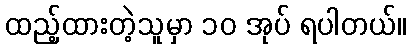
ထည့်ထားတဲ့သူမှာ ၁၀ အုပ် ရပါတယ်။